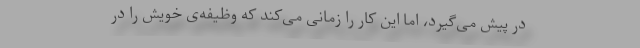
در پیش می‌گیرد، اما این کار را زمانی می‌کند که وظیفه‌ی خویش را در